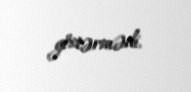
göstərmədi.